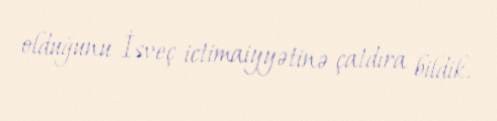
olduğunu İsveç ictimaiyyətinə çatdıra bildik.